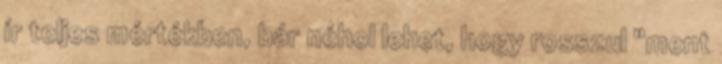
ír teljes mértékben, bár néhol lehet, hogy rosszul "ment